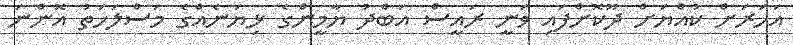
އަހަރަށް ކުއްޔަށް ދޫކޮށްފައި ވަނީ ރައީސް އަބްދު ޔާމީންގެ ޅިޔަނެއްގެ މަސްލަހަތު އޮންނަ